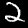
Digit: 2